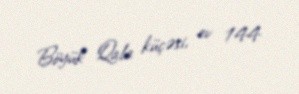
Böyük Qala küçəsi, ev 144